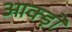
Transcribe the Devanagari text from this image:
आक्ड़ों